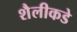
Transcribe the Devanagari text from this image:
शैलीकडे